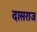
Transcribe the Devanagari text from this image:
दासराज